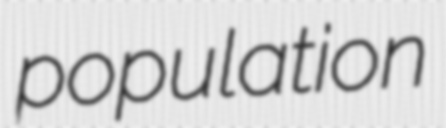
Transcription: population